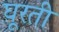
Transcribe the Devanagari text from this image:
घूरती